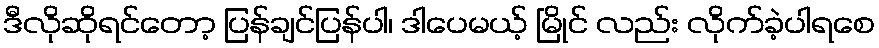
ဒီလိုဆိုရင်တော့ ပြန်ချင်ပြန်ပါ၊ ဒါပေမယ့် မြိုင် လည်း လိုက်ခဲ့ပါရစေ